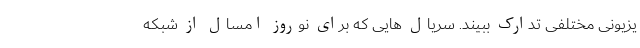
یزیونی مختلفی تدارک ببیند. سریال هایی که برای نوروز امسال از شبکه